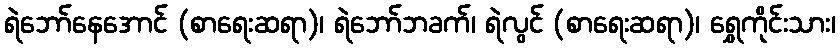
ရဲဘော်နေအောင် (စာရေးဆရာ)၊ ရဲဘော်ဘခက်၊ ရဲလွင် (စာရေးဆရာ)၊ ရွှေကိုင်းသား၊